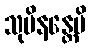
သုပိနန္တေပိ